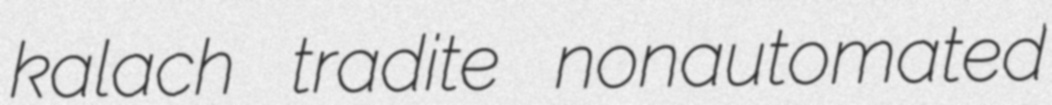
kalach tradite nonautomated